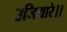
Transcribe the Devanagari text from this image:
उजियारे।।